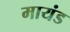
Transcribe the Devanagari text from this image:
मायंड